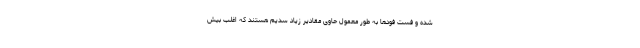
شده و فست فودها به طور معمول حاوی مقادیر زیاد سدیم هستند که اغلب بیش